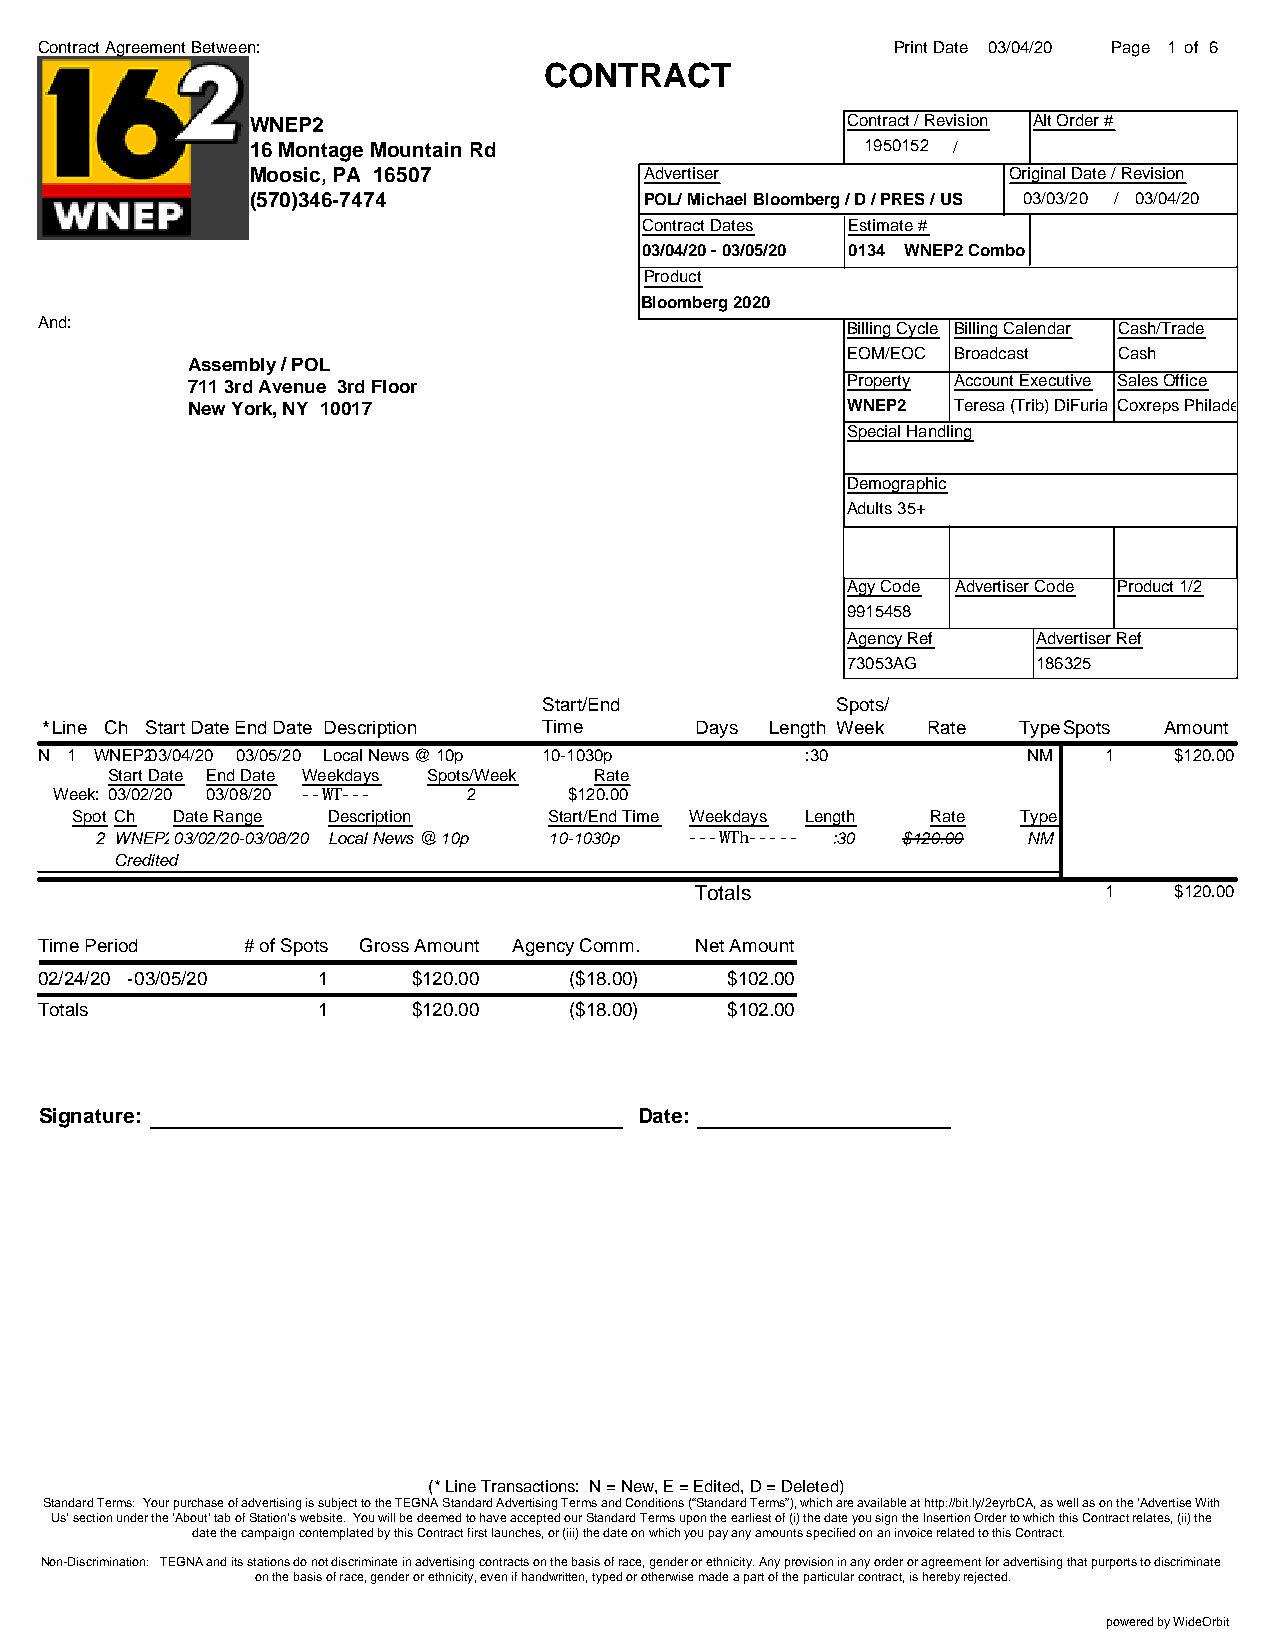
Contract Agreement Between:                              Print Date 03/04/20 Page 1 of 6
 CONTRACT
 WNEP2                                  Contract / Revision Alt Order #
 16 Montage Mountain Rd                  1950152 /
 Moosic, PA 16507          Advertiser              Original Date / Revision
 (570)346-7474             POL/ Michael Bloomberg / D / PRES / US 03/03/20 / 03/04/20
 Contract Dates Estimate #
 03/04/20 - 03/05/20 0134 WNEP2 Combo
 Product
 Bloomberg 2020
 And:                                                  Billing Cycle Billing Calendar Cash/Trade
 EOM/EOC Broadcast Cash
 Assembly / POL
 711 3rd Avenue 3rd Floor                    Property Account Executive Sales Office
 New York, NY 10017                          WNEP2  Teresa (Trib) DiFuria Coxreps Philadelphia
 Special Handling
 Demographic
 Adults 35+
 Agy Code Advertiser Code Product 1/2
 9915458
 Agency Ref   Advertiser Ref
 73053AG      186325
 Start/End          Spots/
 *Line Ch Start DateEnd Date Description Time Days Length Week Rate TypeSpots Amount
 N 1 WNEP203/04/20 03/05/20 Local News @ 10p 10-1030p :30          NM   1    $120.00
 Start Date End Date Weekdays Spots/Week Rate
 Week: 03/02/20 03/08/20 --WT--- 2 $120.00
 Spot Ch Date Range Description Start/End Time Weekdays Length Rate Type
 2 WNEP203/02/20-03/08/20 Local News @ 10p 10-1030p ---WTh----- :30 $120.00 NM
 Credited
 Totals                     1    $120.00
 Time Period   # of Spots Gross Amount Agency Comm. Net Amount
 02/24/20 -03/05/20 1     $120.00    ($18.00)  $102.00
 Totals             1     $120.00    ($18.00)  $102.00
 Signature:                             Date:
 (* Line Transactions: N = New, E = Edited, D = Deleted)
 Standard Terms: Your purchase of advertising is subject to the TEGNA Standard Advertising Terms and Conditions (“Standard Terms”), which are available at http://bit.ly/2eyrbCA, as well as on the ‘Advertise With
 Us’ section under the ‘About’ tab of Station’s website. You will be deemed to have accepted our Standard Terms upon the earliest of (i) the date you sign the Insertion Order to which this Contract relates, (ii) the
 date the campaign contemplated by this Contract first launches, or (iii) the date on which you pay any amounts specified on an invoice related to this Contract.
 Non-Discrimination: TEGNA and its stations do not discriminate in advertising contracts on the basis of race, gender or ethnicity. Any provision in any order or agreement for advertising that purports to discriminate
 on the basis of race, gender or ethnicity, even if handwritten, typed or otherwise made a part of the particular contract, is hereby rejected.
 powered by WideOrbit